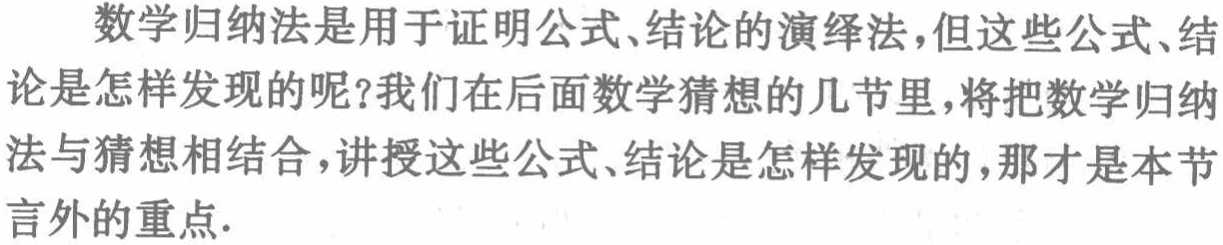
数学归纳法是用于证明公式、结论的演绎法,但这些公式、结论是怎样发现的呢?我们在后面数学猜想的几节里,将把数学归纳法与猜想相结合,讲授这些公式、结论是怎样发现的,那才是本节言外的重点.